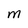
Character: M